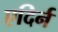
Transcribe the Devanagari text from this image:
एदिर्न